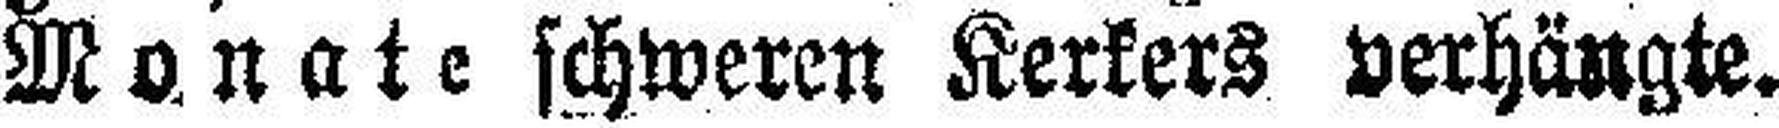
Monate schweren Kerkers verhängte.